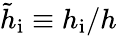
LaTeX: \tilde{h}_{\mathrm{i}}\equiv h_{\mathrm{i}}/h